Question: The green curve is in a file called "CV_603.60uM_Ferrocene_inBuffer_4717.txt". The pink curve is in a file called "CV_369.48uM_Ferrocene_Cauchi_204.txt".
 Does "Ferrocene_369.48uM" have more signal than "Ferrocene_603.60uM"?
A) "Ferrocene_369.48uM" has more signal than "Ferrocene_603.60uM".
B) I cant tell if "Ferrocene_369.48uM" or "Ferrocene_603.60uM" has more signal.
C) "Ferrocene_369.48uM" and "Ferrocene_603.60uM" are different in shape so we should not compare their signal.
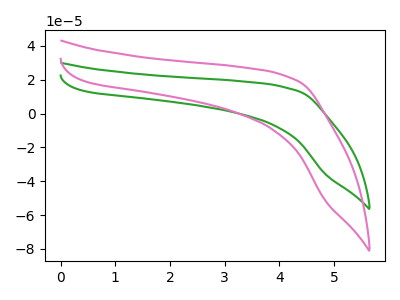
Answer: <think>The green curve "Ferrocene_603.60uM" has no peaks. The pink curve "Ferrocene_369.48uM" has no peaks.
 Neither "Ferrocene_369.48uM" or "Ferrocene_603.60uM" have any peaks.</think>
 <answer>B) I cant tell if "Ferrocene_369.48uM" or "Ferrocene_603.60uM" has more signal.</answer>
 <eval>B</eval>